Report on horse surra - Volume I
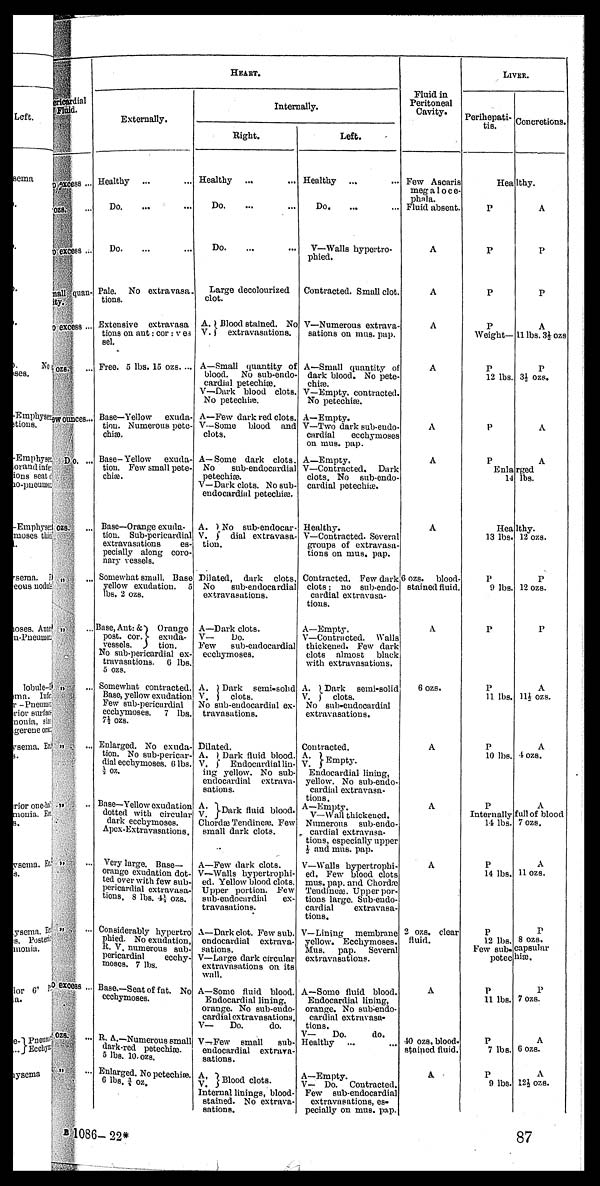
Sub-endocardial
Fluid.
excess ...
ozs. ...
excess ...
mall quan-
tity.
excess ...
ozs. ...
ew ounces...
Do. ...
ozs.
„ ...
„ ...
„ ...
„ ...
„ ...
„ ...
„ ...
excess ...
ozs. ...
„ ...
HEART.
Externally.
Healthy
... ...
Do. ... ...
Do. ... ...
Pale.
No extra vasa-
tions.
Extensive extravasa-
tions on aut: cor: v es
sel.
Free. 5 lbs. 15 ozs....
Base—Yellow
exuda-
tion. Numerous pete-
chiæ.
Base-Yellow
exuda-
tion. Few small pete-
chiæ.
Base—Orange exuda-
tion. Sub-pcricardial
extravasations
es-
pecially along coro-
nary vessels.
Some what small. Base
yellow exudation.
5
lbs. 2 ozs.
Base, Ant: &
Orange
post. cor. } exuda-
vessels.
tion.
No sub-pericardial ex-
travasations. 6 lbs.
5 ozs.
Somewhat contracted.
Base, yellow exudation
Few sub-pericurdial
ecchymoses.
7 lbs.
7½ ozs.
Enlarged. No exuda-
tion. No sub-pericar-
dial ecchymoses. 6 lbs.
½ oz.
Base—Yellow exudation
dotted with circular
dark ecchymoses.
Apex-Extravasations.
Very large. Base-
orange exudation dot-
ted over with few sub-
pcricardial extravasa-
tions. 8 lbs. 4½ ozs.
Considerably hypertro
pined. No exudation,
R. V. numerous sub-
poricardial
ecchy-
moses. 7 lbs.
Base.—Seat of fat. No
ecchymoses.
R. A.—Numerous small
dark-red petechiæ.
5 lbs. 10. ozs.
Enlarged. No petechiæ
6 lbs. ½ oz.
Internally.
Right.
Healthy
... ...
Do. ... ...
Do. ... ...
Large decolourized
clot.
A. } Blood stained. No
V.
extravasations.
A—Small quantity of
blood.
No sub-endo-
cardial petechiæ.
V—Dark blood clots.
No petecuiæ.
A—Few dark red clots.
V—Some
blood
and
clots.
A—Some dark clots.
No
sub-endocurdial
petechiæ.
V—Dark clots. No sub-
endocardial petechiæ
A. } No Sub-endocar-
V.
dial extravasa-
tion.
Dilated, dark
clots,
No
sub-endocardial
extravasations.
A—Dark clots.
V—
Do.
Few
sub-eudocardial
ecchymoses.
A.
Dark
semisolid
Y. } clots.
No sub-endocnrdial ex-
travasations.
Dilated.
A.
Dark fluid blood.
V. } Endocardial lin-
ing yellow. No sub-
endocardial
extrava-
sations.
A.
V.} Dark fluid blood.
Chordæ Tendincre. Few
small dark clots.
A—Few dark clots.
V-Walls hypertrophi-
ed. Yellow blood clots.
Upper portion. Few
sub-endocurdinl
ex-
travasations.
A—Dark clot. Few sub.
endocardial extrava-
sations.
V—Large dork circular
extravasations on its
wall.
A—Some fluid blood.
Endocardial lining,
orange. No sub-ondo-
cordial extravasations
V—
Do.
do.
V-Few
email
sub-
endocardial extrava-
sations.
A.
V. } Blood clots.
Internal linings, blood-
stained. No extrava-
sntions.
Left.
Healthy ... ...
Do. ... ...
V—Walls hyportro-
phied.
Contracted. Small clot.
V— Numerous extrava-
sations on mus. pap.
A—Small quantity of
dark blood. No pete-
chiæ.
V—Empty, contracted.
No petechiæ.
A—Empty.
V—Two dark sub-eudo-
cardial
ecchymoses
on mus. pap.
A—Empty.
V—Contracted.
Dark
clots. No
sub-endo-
cardial petechiæ.
Healthy.
V—Contracted. Several
groups of extravasa-
tions on mus. pap.
Contracted. Few dark
clots; no sub-endo-
cardial extravasa-
tions.
A—Empty.
V—Contracted.
Walla
thickened. Few dark
clots almost
black
with extravasations.
A.
Dark
semi-solid
V. } clots.
No sub-eudocardial
extravasations.
Contracted.
A.
V. } Empty.
Endocardial lining,
yellow. No sub-endo-
cardial extravasa-
tions
A—Empty.
V—Wall thickened.
Numerous
sub-endo-
cardial extravasa-
tions, especially upper
½ and mus. pap.
V—Walls hypcrtrophi-
ed. Few blood clots
mus. nap. and Chordæ
Teudineæ. Upper por-
tions large. Sub-endo-
cardial
extravasa-
tions.
V—Lining
membrane
yellow. Ecchymoses.
Mus.
pap.
Several
extravasations.
A—Some fluid blood.
Endocardial lining,
orange. No sub-endo-
cordial extravasa-
tions.
V—
Do.
do.
Healthy
...
A—Empty.
V— Do.
Contracted,
Few
sub-endocardia
extravasations, es-
pecially on mus. pap.
Fluid in
Peritoneal
Cavity.
Few Ascaris
megaloce-
phala.
Fluid absent.
A
A
A
A
A
A
A
6 ozs.
blood-
stained fluid.
A
6 ozs.
A
A
A
2 ozs. clear
fluid.
A
10 OZS. blood,
stained fluid
A
LIVER.
Perihepati-
tis
Concretions.
Healthy.
P
P
P
P
Weight—
P
12 lbs.
P
P
Enla
14
Heal
13 lbs.
P
9 lbs.
P
P
11 lbs.
P
10 lbs.
P
Internally
14 lbs.
P
14 lbs.
P
12 1 lbs.
Few sub-
potec
P
11 lbs.
P
7 lbs
P
9 lbs
A
P
P
A
11 lbs. 3½ ozs
P
3½ ozs.
A
A
rged
lbs.
thy.
12 ozs.
P
12 ozs.
p
A
11½ ozs.
A
4 ozs.
A
full of blood
7ozs.
A
11 ozs..
8 ozs.
capsular
hiæ.
P
7 ozs.
A
6 ozs.
A
12½ ozs.
B 1086- 22*
87